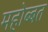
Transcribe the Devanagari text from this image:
महोब्बत